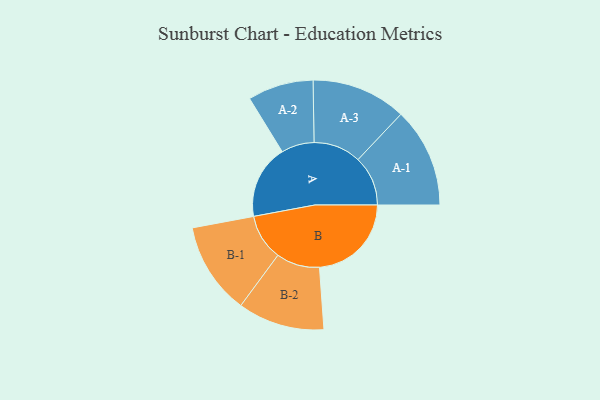
{"axis": {"x": "Segment", "y": "Value"}, "legend": ["", "A", "B"], "data": [{"x": "A", "y": 330, "type": ""}, {"x": "B", "y": 411, "type": ""}, {"x": "A-1", "y": 223, "type": "A"}, {"x": "A-2", "y": 147, "type": "A"}, {"x": "A-3", "y": 212, "type": "A"}, {"x": "B-1", "y": 206, "type": "B"}, {"x": "B-2", "y": 194, "type": "B"}]}